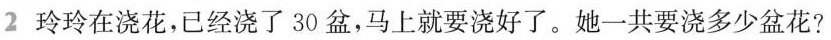
2玲玲在浇花，已经浇了30盆，马上就要浇好了。她一共要浇多少盆花?